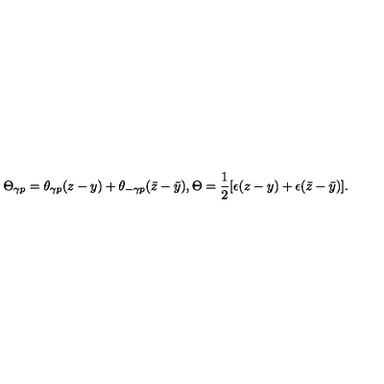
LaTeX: \Theta _ { \gamma p } = \theta _ { \gamma p } ( z - y ) + \theta _ { - \gamma p } ( \bar { z } - \bar { y } ) , \Theta = \frac { 1 } { 2 } [ \epsilon ( z - y ) + \epsilon ( \bar { z } - \bar { y } ) ] .